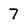
Character: 7